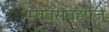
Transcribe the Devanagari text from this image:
म्बवसवहपेजे